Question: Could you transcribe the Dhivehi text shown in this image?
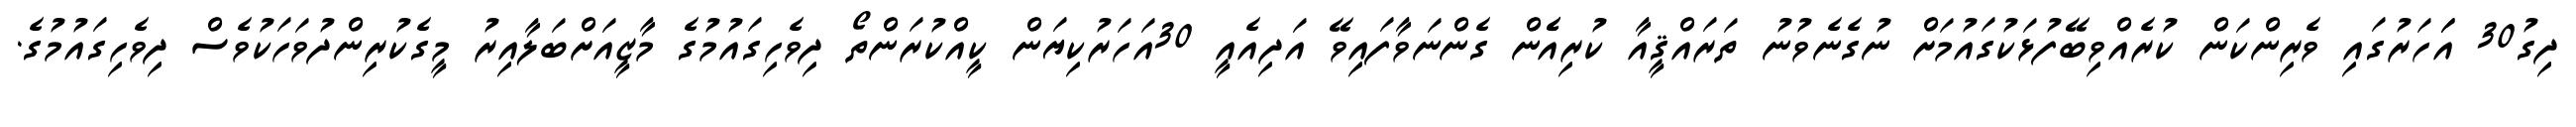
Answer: ދިގު30 އަަހަރުގައި ވެރިންކަން ކުރެއްވިބޭފުޅަކުގައުމަށް ނުގެނެވުނު ތަރައްޤީއާ ކުރިއެެން ގެންނަވާފައިވޭ އަދިއެއީ 30އަހަރުކިޔަން ކީއްކުރަންތޯ ދިވެހިގައުމުގެ މާޒީއަށްބަލާއިރު މީގެކުރިންދުވަހަކުވެސް ދިވެހިގައުމުގެ.